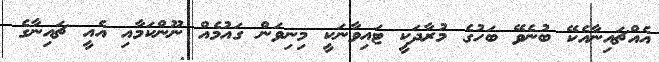
އެއްޗައިނާއެކޭ ބުނެވޭ ބަހުގެ މުރާދަކީ ޓައިވާނަކީ މިނިވަން ގައުމެއް ނޫންކަމާއި އެއީ ޗައިނާގެ